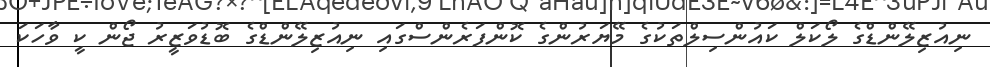
ނިއުޒިލޭންޑްގެ ލޯކަލް ކައުންސިލްތަކުގެ މޭޔަރުންގެ ކޮންފަރެންސްގައި ނިއުޒިލޭންޑްގެ ބޮޑުވަޒީރު ޖޯން ކީ ވާހަކަ